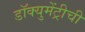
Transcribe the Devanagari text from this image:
डॉक्युमेंट्रीची